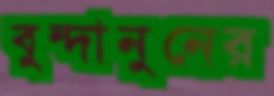
বুন্দানুনের